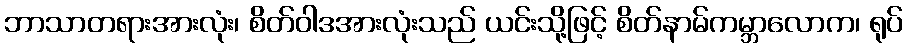
ဘာသာတရားအားလုံး၊ စိတ်ဝါဒအားလုံးသည် ယင်းသို့ဖြင့် စိတ်နာမ်ကမ္ဘာလောက၊ ရုပ်